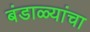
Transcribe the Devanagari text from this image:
बंडाळ्यांचा